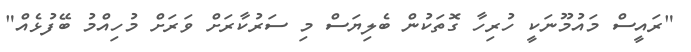
"ރައީސް މައުމޫނަކީ ހުރިހާ ގޮތަކުން ބެލިޔަސް މި ސަރުކާރަށް ވަރަށް މުހިއްމު ބޭފުޅެއް"